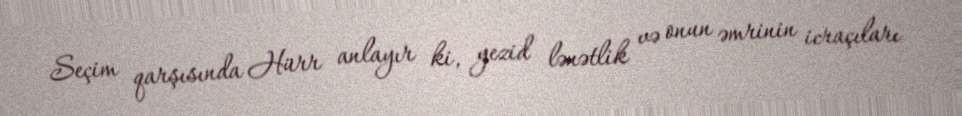
Seçim qarşısında Hürr anlayır ki, yezid lənətlik və onun əmrinin icraçıları